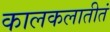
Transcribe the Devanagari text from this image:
कालकलातीतं